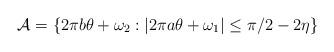
LaTeX: \begin{align*}\mathcal{A} = \left\{2\pi b\theta+\omega_2:|2\pi a\theta + \omega_1|\leq \pi/2-2\eta\right\}\end{align*}